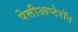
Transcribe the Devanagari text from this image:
पेलीआप्टेरॉन